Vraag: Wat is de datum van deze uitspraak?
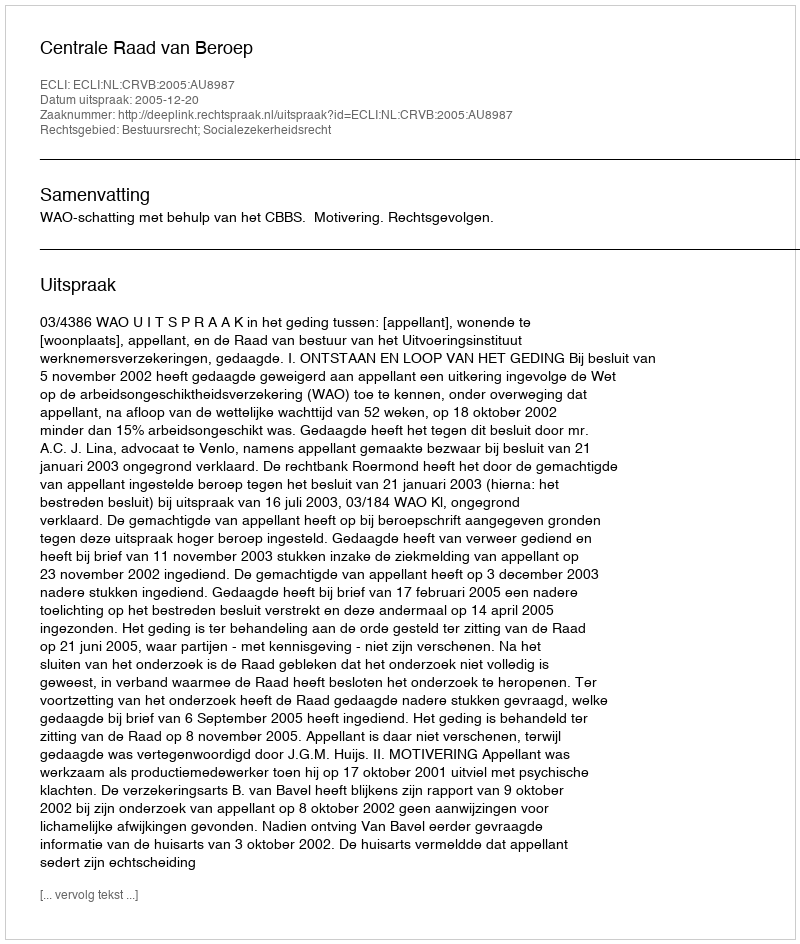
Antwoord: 2005-12-20